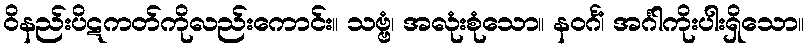
ဝိနည်းပိဋကတ်ကိုလည်းကောင်း။ သဗ္ဗံ၊ အလုံးစုံသော။ နဝင်္ဂံ၊ အင်္ဂါကိုးပါးရှိသော။